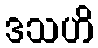
ဒသဟိ